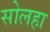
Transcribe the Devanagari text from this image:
सोलहा